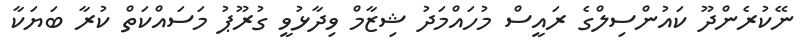
ނޭކުރެންދޫ ކައުންސިލްގެ ރައީސް މުހައްމަދު ޝިޒާމް ވިދާޅުވީ ގުރޫޕު މަސައްކަތް ކުރާ ބަޔަކާ